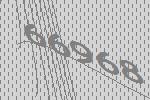
66968